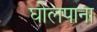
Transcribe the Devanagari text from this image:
घोलपाना